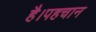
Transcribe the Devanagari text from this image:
है।पहचान